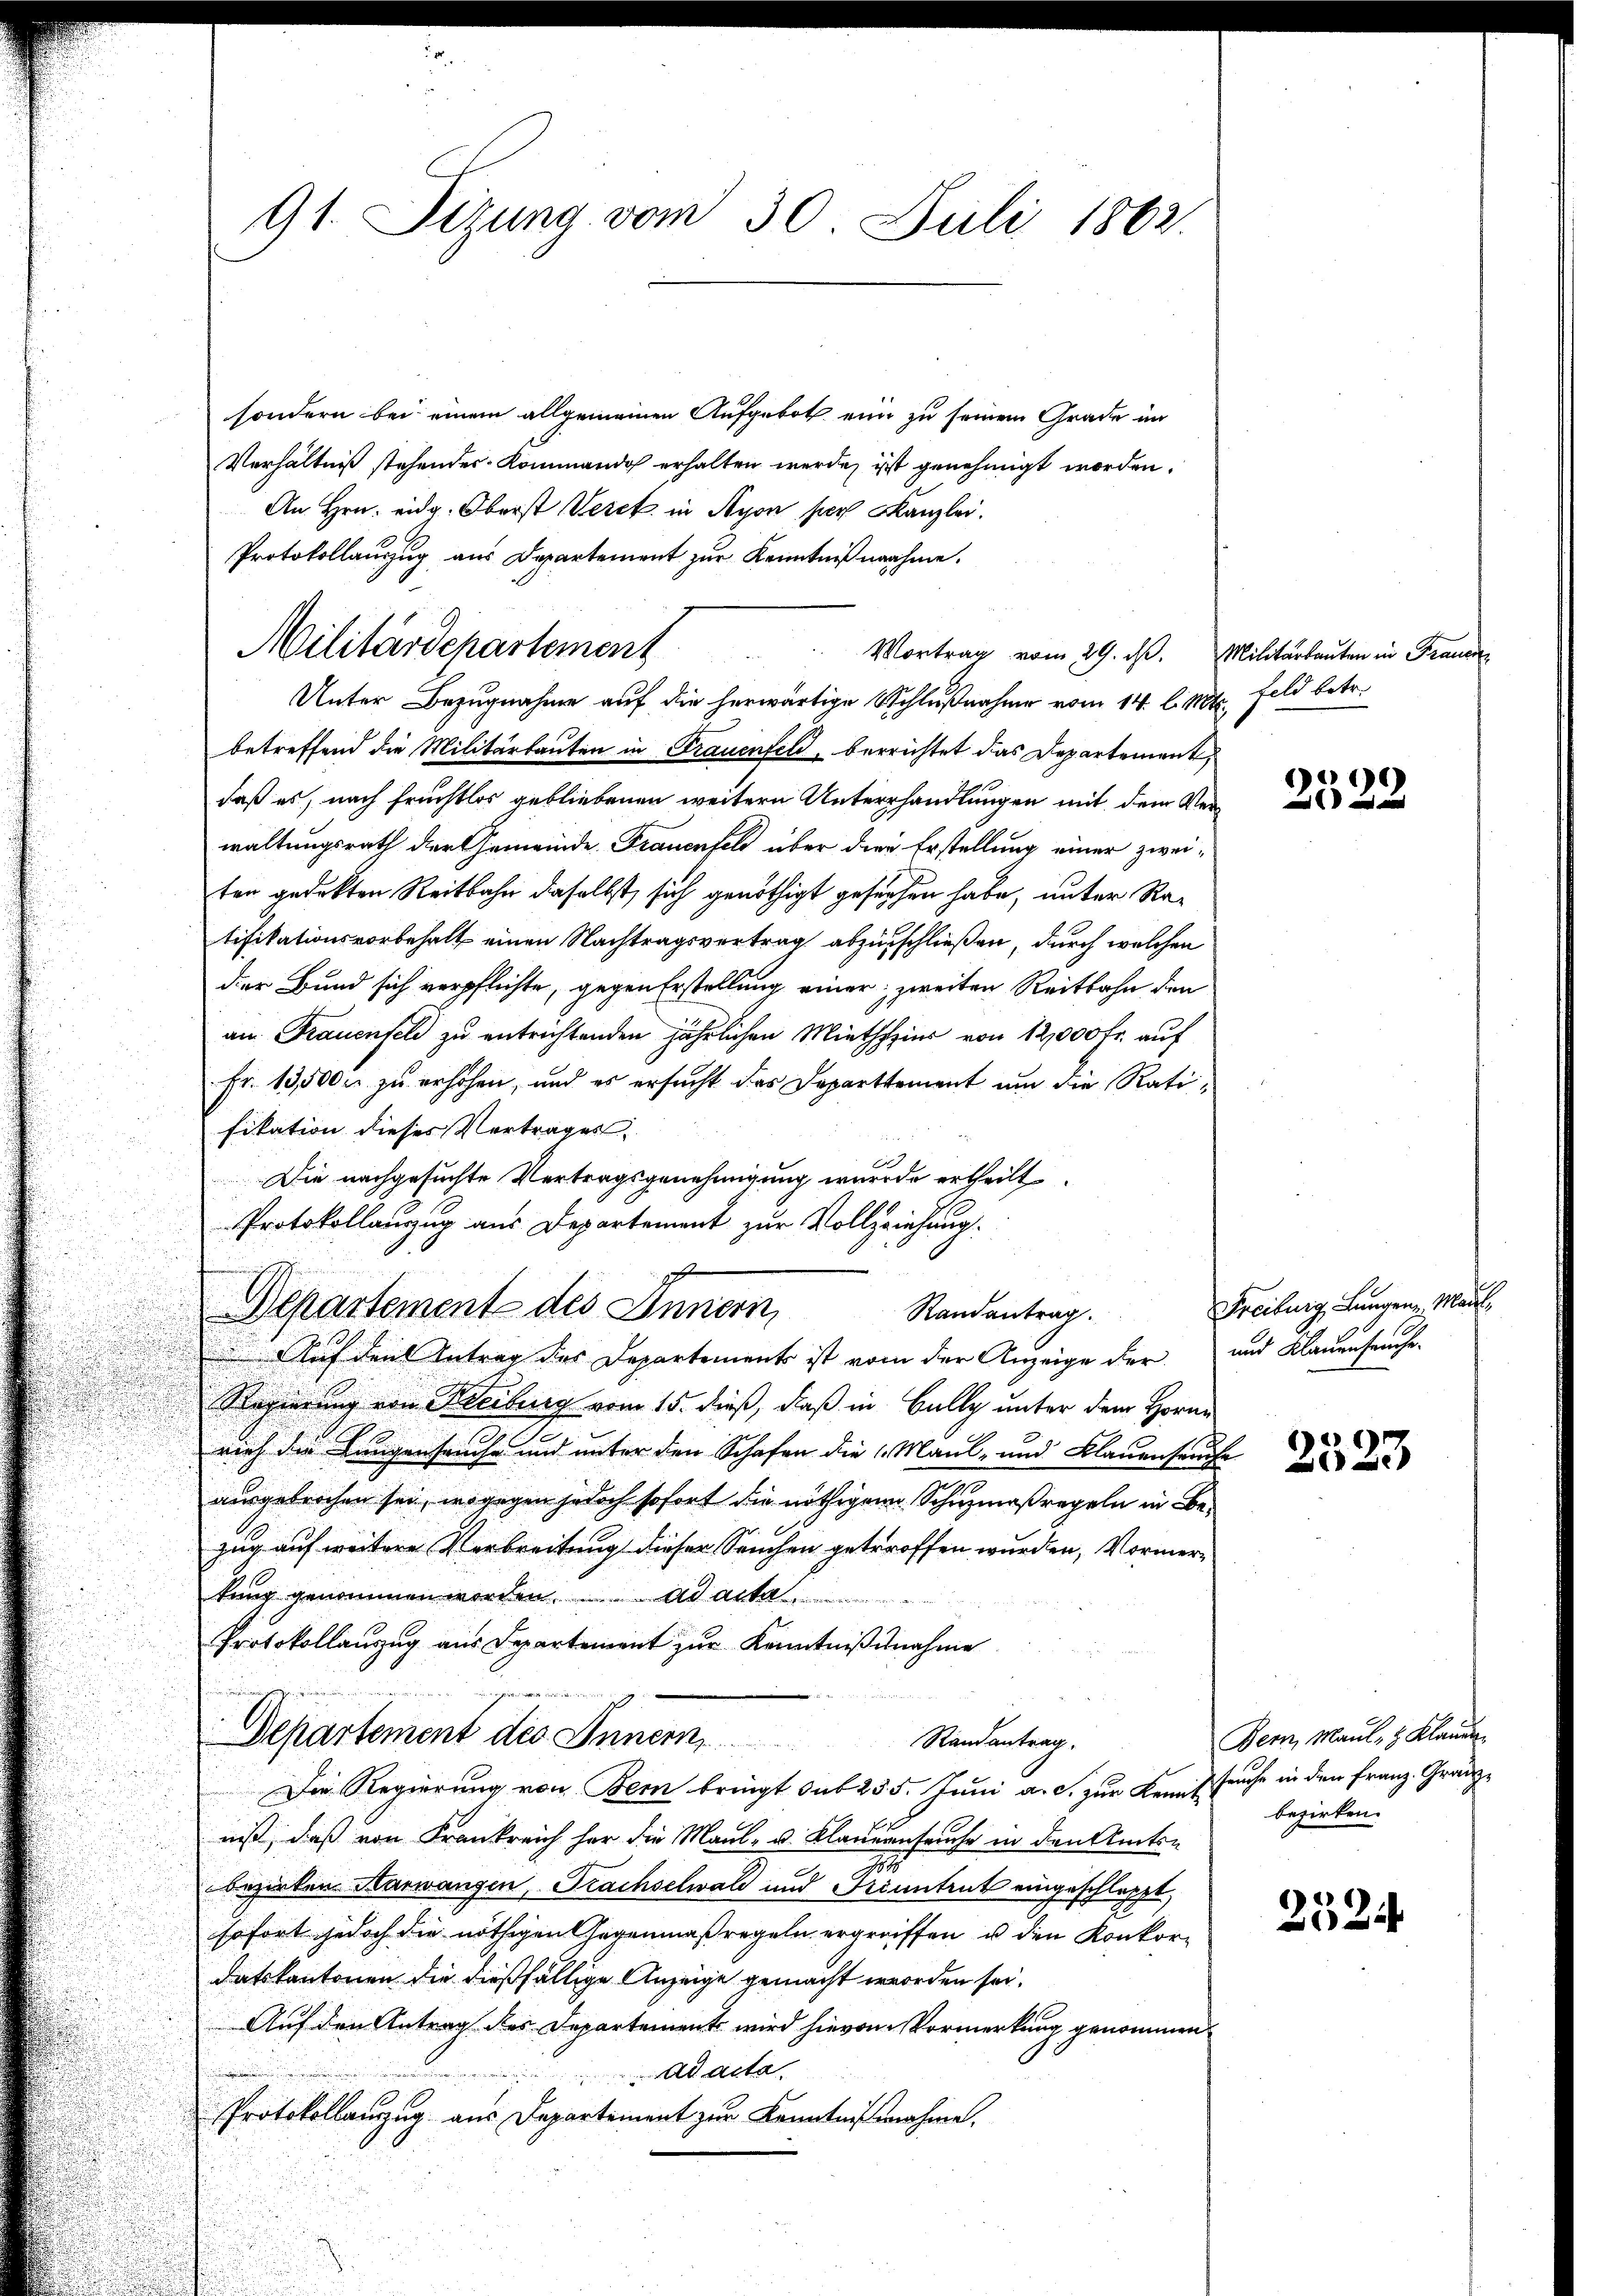
sondern bei einem allgemeinen Aufgeboth eine zu seinem Grade im
Verhältniß stehendes Kommando erhalten werde, ist genehmigt worden.
An Hrn. eidg. Oberst Werck in Nyon per Kanzlei.
Protokollauszug aus Departement zŭr Kenntnißnahme.
Unter Bezugnahme auf die herwärtige Schlußnahme vom 14. l. Mts. Feld betr.
betreffend die Militärbauten in Frauenfeld, berrichtet das Departement,
daß es, nach Fruchtlos gebliebenen weitern Unterhandlungen mit dem Verwaltungsrath der Gemeinde Frauenfels über die Erstellung einer zweiten gedekten Reitbahn daselbst, sich genöthigt gesuchen habe, unter Retifikationsvorbehalt einen Nachtragsvertrag abzuschließen, durch welchen
der Bund sich verpflichte, gegen Erstellung einer zweiten Reitbahn den
an Frauenfeld zu entrichtenden jährlichen Miethzins von 12,000 fr. auf
Fr. 13,500 u. zu erhöhen, und es ersucht das Departtement um die Ratifikation dieses Vertrages,
Die nachgesuchte Vertragsgenehmigung wurde ertheilt.
Protokollanzug aus Departement zur Vollziehung.
Departement des Innern,
Auf den Antrag des Departement ist vom der Anzeige der
Regierung von Freiburg vom 15. dieß, daß in Bally unter dem Horne
rieh die Lungenseuche und unter den Schafen die Maul- und Klauenseuche
ausgebrochen sei, wogegen jedoch sofort die nöthigen Schuzmaßregeln in Bezug auf weitere Verbreitung dieser Seuchen getroffen wurden, Vormertung genommen worden. ad acta
Protokollaŭszŭg aŭs Departement zŭr Kenntniβnahme
Departement des Innern,
Randantrag.
Die Regierung von Bern bringt sub 255. Juni a. c. zur Kennt fruche in den Franz. Gränzniß, daß von Frankreich her die Maul- u. Klauernseuche in den Amtsn
bezirken Aarwangen, Trachselwald und Friuntrut eingeschleppt,
sofort jedoch die nöthigen Gegenmaßregeln ergreiffen u den Konkordatskantonen die dießfällige Anzeige gemacht worden sei.
Auf den Antrag des Departement wird hievon Vormerkung genommen
Ad acta.
Protokollanzug aus Departement zur Kenntnisnahme.

91. Sizung vom 30. Juli 1862.

Militärdepartement

Vortrag vom 29. ds.

Randantrag.

Militarkanten in Frauer

2522

Freiburg Langen, Maul-
und Klauenseuche.

Bern, Maul- & Klauer
bezirken.

2524